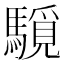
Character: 䮭